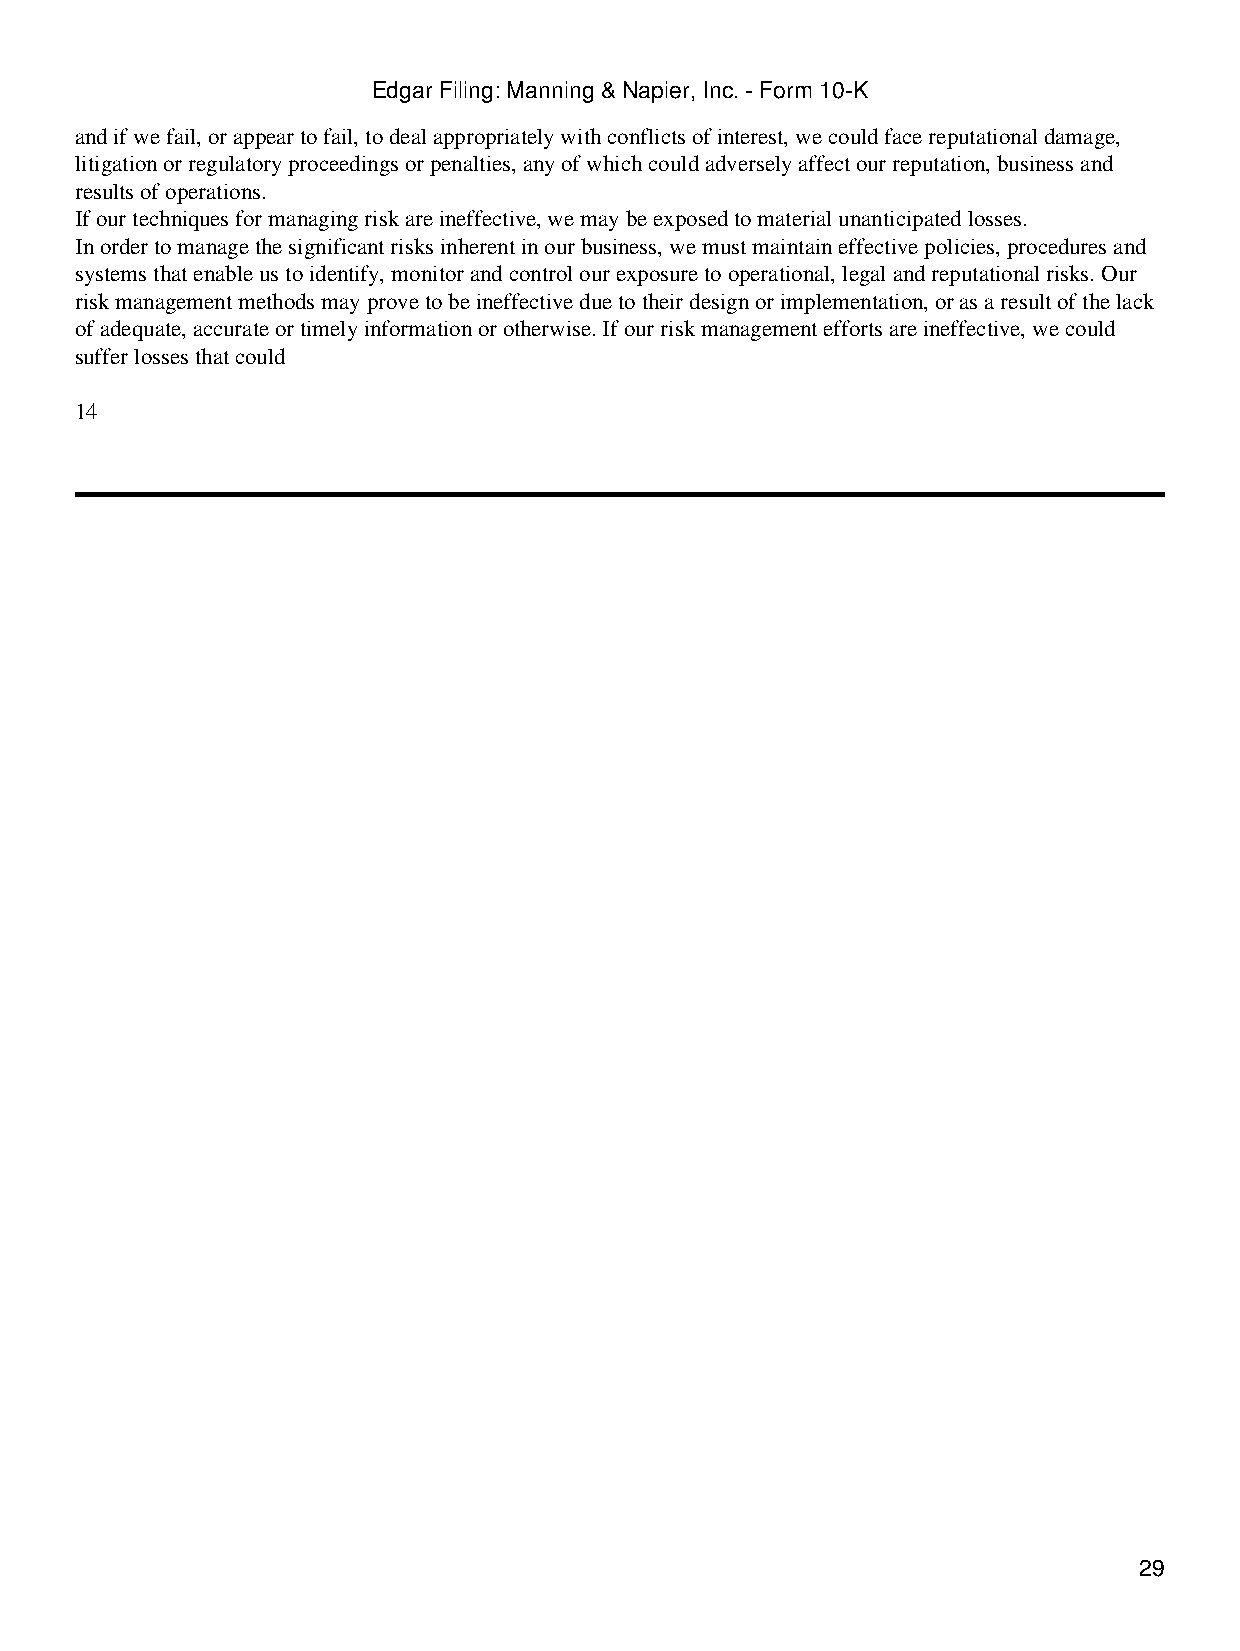
Edgar Filing: Manning & Napier, Inc. - Form 10-K
 and if we fail, or appear to fail, to deal appropriately with conflicts of interest, we could face reputational damage,
 litigation or regulatory proceedings or penalties, any of which could adversely affect our reputation, business and
 results of operations.
 If our techniques for managing risk are ineffective, we may be exposed to material unanticipated losses.
 In order to manage the significant risks inherent in our business, we must maintain effective policies, procedures and
 systems that enable us to identify, monitor and control our exposure to operational, legal and reputational risks. Our
 risk management methods may prove to be ineffective due to their design or implementation, or as a result of the lack
 of adequate, accurate or timely information or otherwise. If our risk management efforts are ineffective, we could
 suffer losses that could
 14
 29